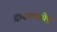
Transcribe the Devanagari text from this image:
द्वादशमासेषु